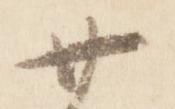
廿